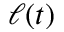
\ell ( t )